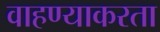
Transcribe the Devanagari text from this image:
वाहण्याकरता